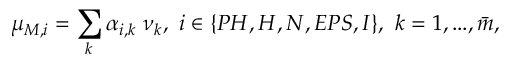
\mu _ { M , i } = \sum _ { k } \alpha _ { i , k } \ \nu _ { k } , \ i \in \{ P H , H , N , E P S , I \} , \ k = 1 , . . . , \bar { m } ,